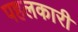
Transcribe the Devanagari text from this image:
पहलकारी